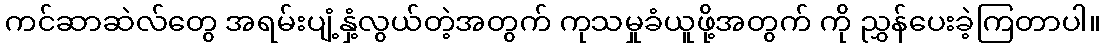
ကင်ဆာဆဲလ်တွေ အရမ်းပျံ့နှံ့လွယ်တဲ့အတွက် ကုသမှုခံယူဖို့အတွက် ကို ညွှန်ပေးခဲ့ကြတာပါ။